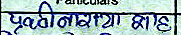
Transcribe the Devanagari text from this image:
पूर्णिमा शाह